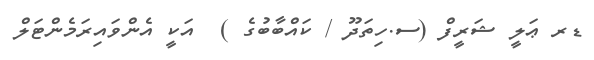
ޑރ ޢަލީ ޝަރީފް (ސ.ހިތަދޫ / ކައްބާބުގެ )  އަކީ އެންވައިރަމެންޓަލް